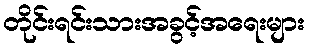
တိုင်းရင်းသားအခွင့်အရေးများ